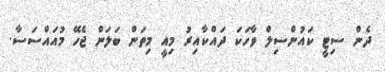
ދެން ސިޓީ ކައުންސިލް ވާހަކަ ދައްކާއިރު މިއީ މިތަން ބަލަން ޖެހޭ މުއައްސަސާ.